kultuurilooline_kollektsioon, lk 21
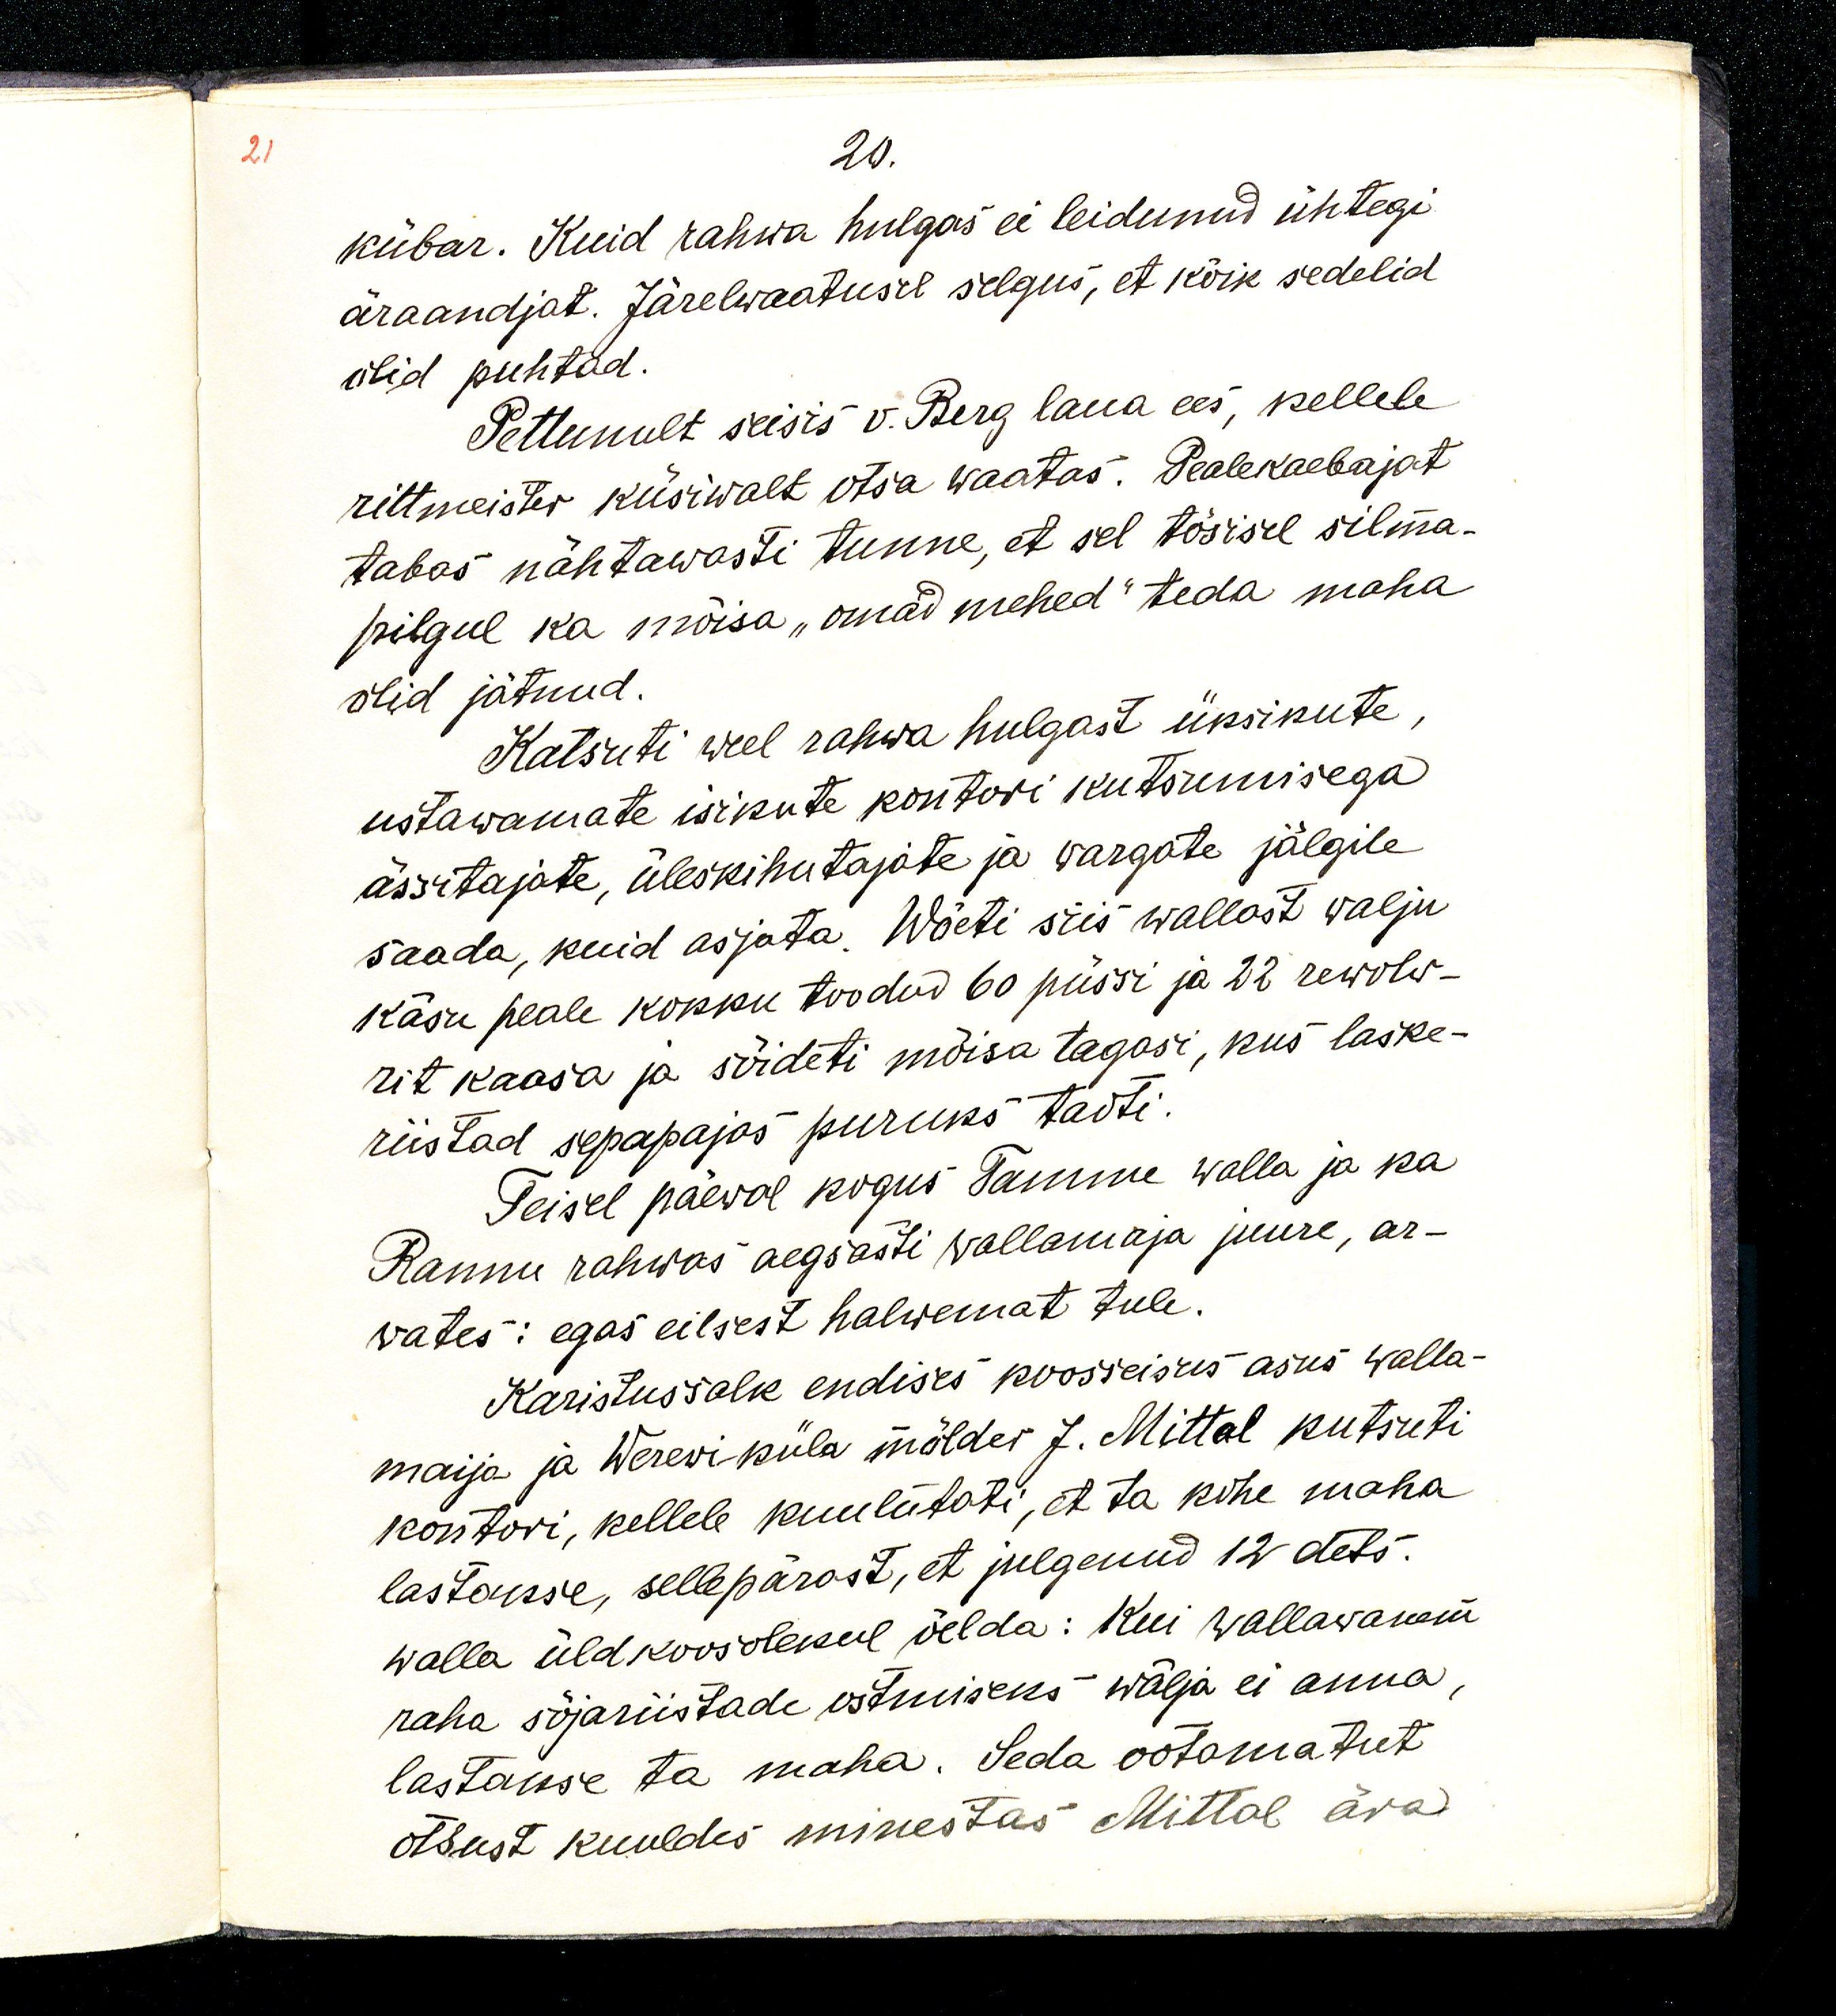
20. 
kübar. Kuid rahwa hulgas ei leidunud ühtegi
äraandjat. Järelewaatusel selgus, et kõik sedelid
olid puhtad.
Pettunult seisis v. Berg laua ees, kellele
rittmeister küsiwalt otsa waatas. Pealekaebajat
tabas nähtawasti tunne, et sel tõsisel silma-
pilgul ka mõisa „omad mehed“ teda maha
olid jätnud.
Katsuti weel rahwa hulgast üksikute,
ustawate isikute kontori kutsumisega
ässitajate, üleskihutajate ja wargate jälgile
saada, kuid asjata. Wõeti siis wallast walju
käsu peale kokku toodud 60 püssi ja 22 rewolw-
rit kaasa ja sõideti mõisa tagasi, kus laske-
riistad sepapajas puruks taoti.
Teisel päewal kogus Tamme walla ja ka
Rannu rahwas aegsasti wallamaja juure, ar-
wates: egas eilsest halwemat tule.
Karistussalk endises kooseisus asus walla-
majja ja Werevi küla mölder J. Mittal kutsuti
kontori, kellele kuulutati, et ta kohe maha
lastakse, sellepärast, et julgenud 12 dets.
walla üldkoosolekul öelda: Kui wallawanem
raha sõjariistade ostmiseks wälja ei anna,
lastakse ta maha. Seda ootamatut
otsust kuuldes minestas Mittal ära